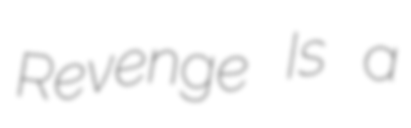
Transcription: Revenge Is a